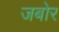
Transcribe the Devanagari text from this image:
जबोर